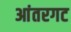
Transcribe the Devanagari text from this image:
आंतरगट